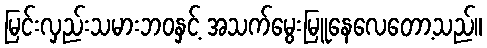
မြင်းလှည်းသမားဘဝနှင့် အသက်မွေးမြူနေလေတော့သည်။